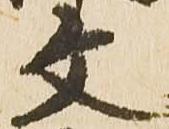
文